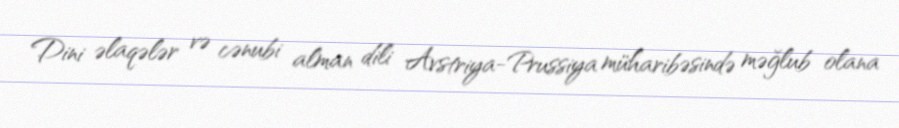
Dini əlaqələr və cənubi alman dili Avstriya-Prussiya müharibəsində məğlub olana